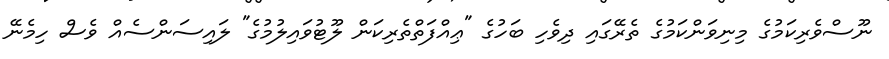
ނޫސްވެރިކަމުގެ މިނިވަންކަމުގެ ތެރޭގައި ދިވެހި ބަހުގެ "ޢިއްފަތްތެރިކަން ލޫޓުވައިލުމުގެ" ލައިސަންސެއް ވެސް ހިމެނޭ